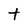
Character: t